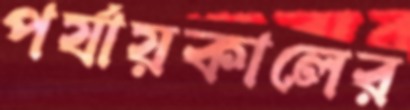
পর্যায়কালের